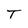
Character: T